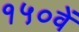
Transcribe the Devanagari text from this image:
१५०वें